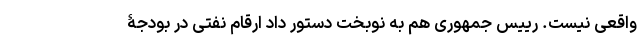
واقعی نیست. رییس جمهوری هم به نوبخت دستور داد ارقام نفتی در بودجۀ